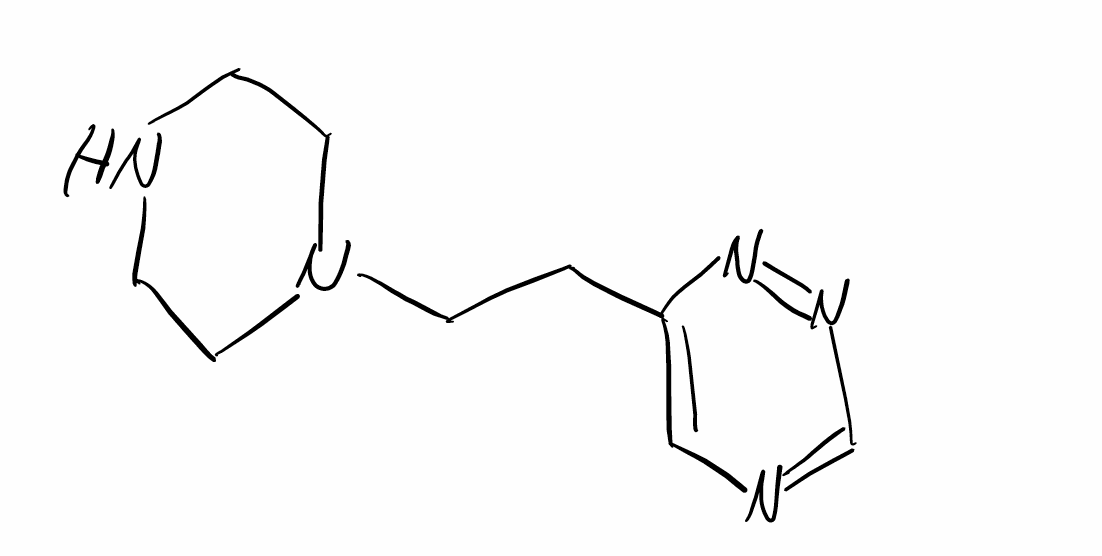
Simplified molecular-input line-entry system (SMILES) notation of the given molecule:
C1CN(CCN1)CCC2=CN=CN=N2